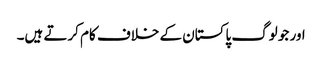
اور جو لوگ پاکستان کے خلاف کام کرتے ہیں۔